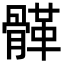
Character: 𩩸